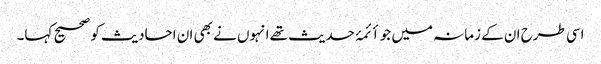
اسی طرح ان کے زمانہ میں جو أئمۂ حدیث تھے انہوں نے بھی ان احادیث کو صحیح کہا۔